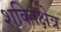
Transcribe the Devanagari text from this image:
शक्तिक्षेत्र